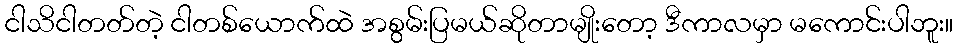
ငါသိငါတတ်တဲ့ ငါတစ်ယောက်ထဲ အစွမ်းပြမယ်ဆိုတာမျိုးတော့ ဒီကာလမှာ မကောင်းပါဘူး။